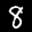
Label: 8